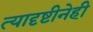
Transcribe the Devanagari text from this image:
त्यादृष्टीनेही